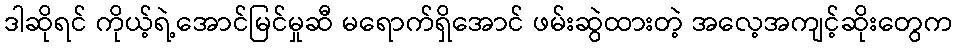
ဒါဆိုရင် ကိုယ့်ရဲ့အောင်မြင်မှုဆီ မရောက်ရှိအောင် ဖမ်းဆွဲထားတဲ့ အလေ့အကျင့်ဆိုးတွေက